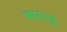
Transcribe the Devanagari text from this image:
मालाई